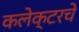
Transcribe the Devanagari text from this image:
कलेक्टरचे